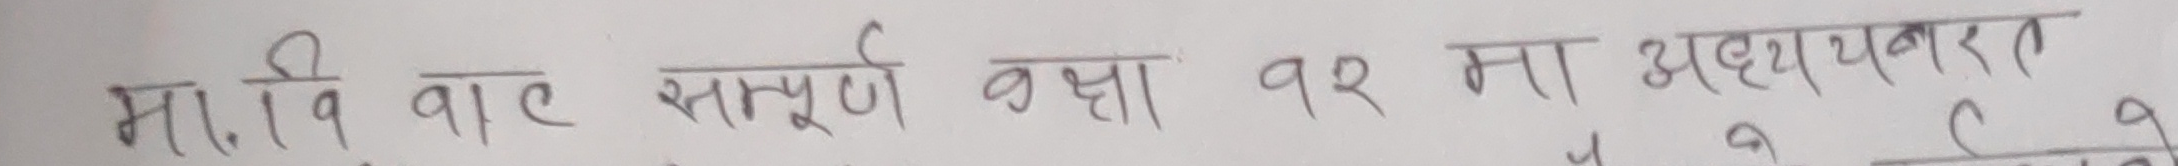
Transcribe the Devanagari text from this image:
मा.वि. वाट संपूर्ण कक्षा १२ मा अध्ययनरत